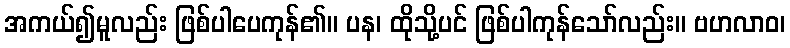
အကယ်၍မူလည်း ဖြစ်ပါပေကုန်၏။ ပန၊ ထိုသို့ပင် ဖြစ်ပါကုန်သော်လည်း။ ဗဟလာဝ၊